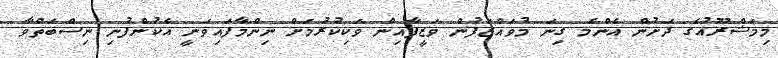
މިމަޝްރޫއުގެ ދަށުން އެންމެ ގިނަ މުވައްޒަފުން ވަޒީފާއިން ވަކިކުރުމަށް ނިންމާފައިވަނީ އެކުންފުނި ނިސްބަތްވާ